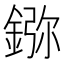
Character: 𨨮